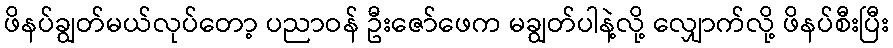
ဖိနပ်ချွတ်မယ်လုပ်တော့ ပညာဝန် ဦးဇော်ဖေက မချွတ်ပါနဲ့လို့ လျှောက်လို့ ဖိနပ်စီးပြီး